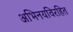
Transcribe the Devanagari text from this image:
अभिनयविरहित